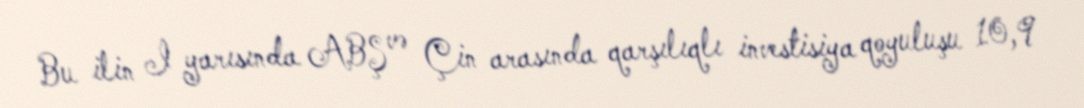
Bu ilin I yarısında ABŞ və Çin arasında qarşılıqlı investisiya qoyuluşu 10,9